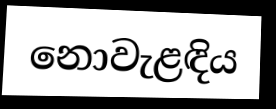
නොවැළඳිය